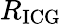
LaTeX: R_{\mathrm{ICG}}